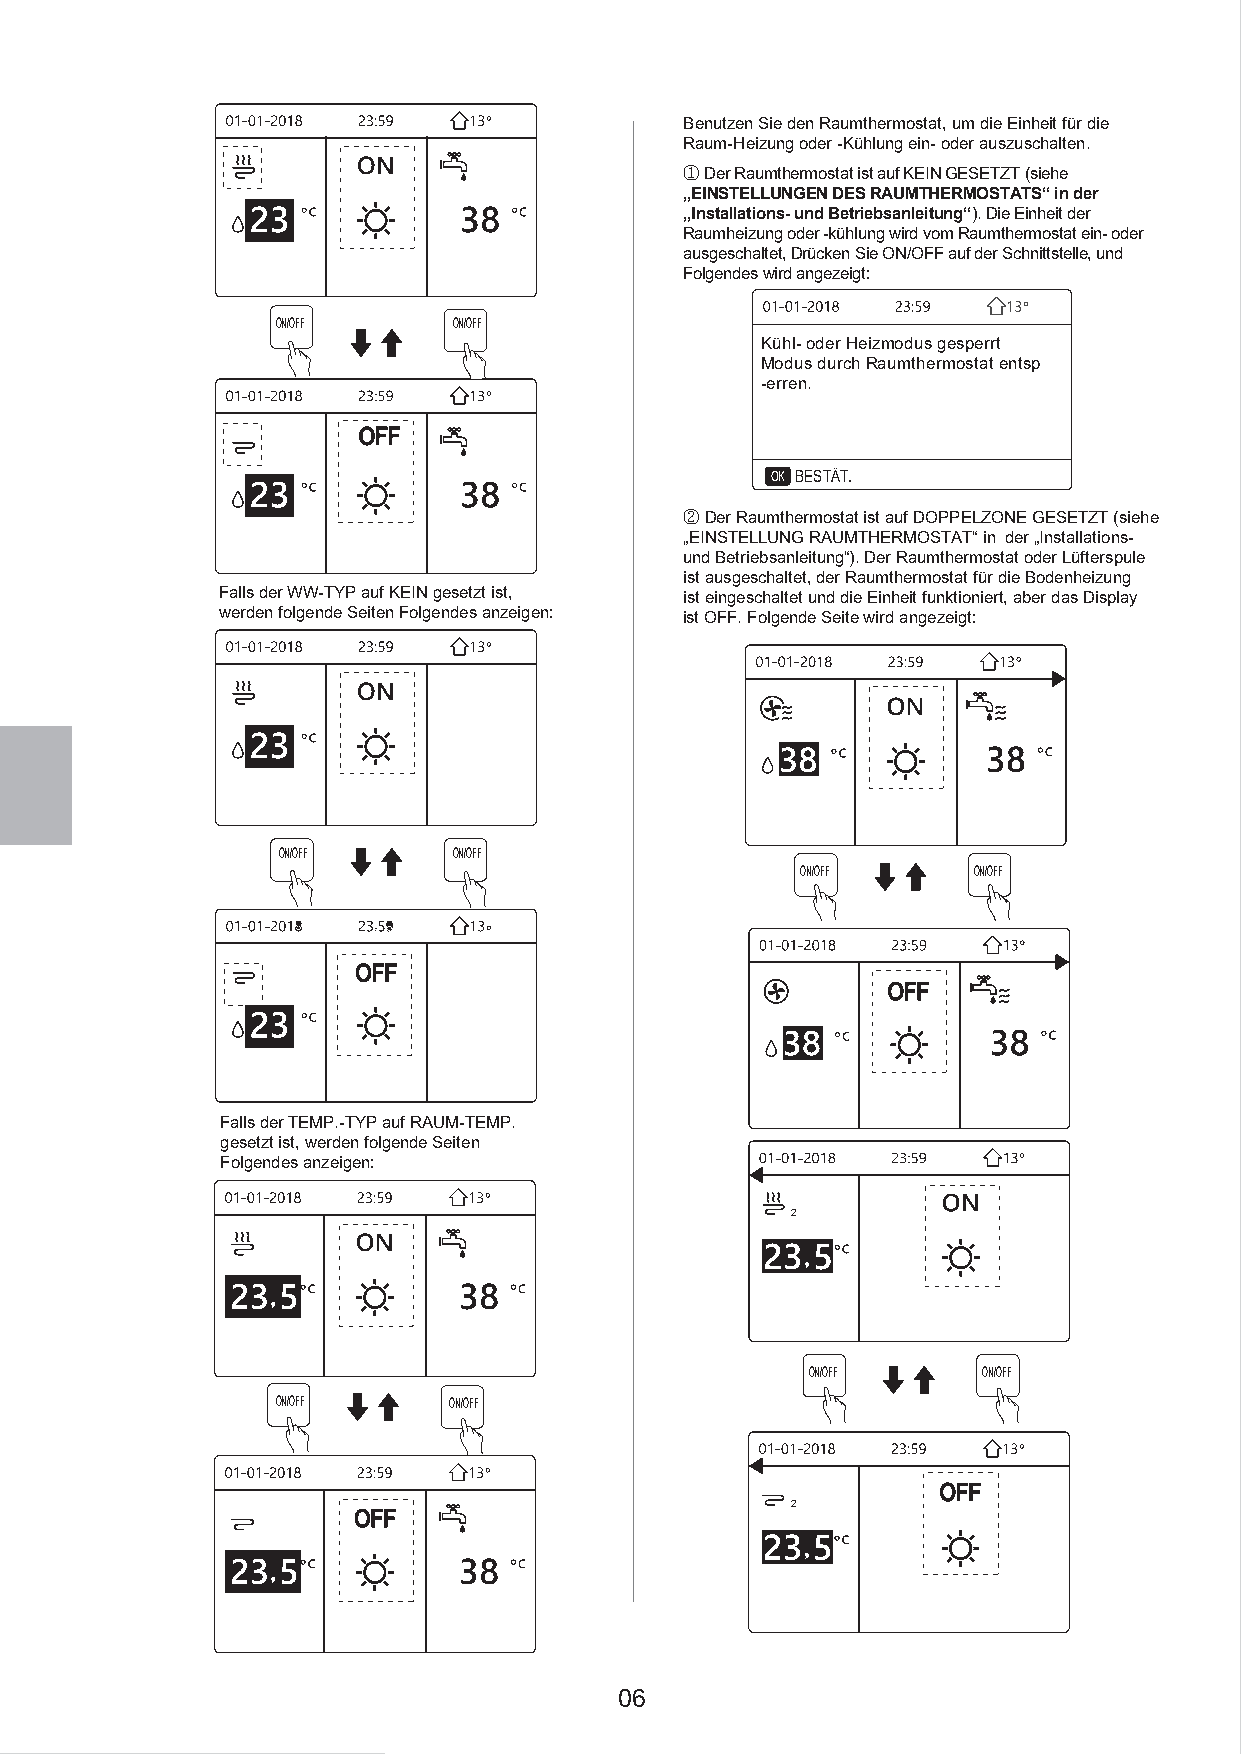
Benutzen Sie den Raumthermostat, um die Einheit für die
 Raum-Heizung oder -Kühlung ein- oder auszuschalten.
 ①Der Raumthermostat ist auf KEIN GESETZT (siehe
 „EINSTELLUNGEN DES RAUMTHERMOSTATS“ in der
 „Installations- und Betriebsanleitung“). Die Einheit der
 Raumheizung oder -kühlung wird vom Raumthermostat ein- oder
 ausgeschaltet, Drücken Sie ON/OFF auf der Schnittstelle, und
 Folgendes wird angezeigt:
 ON/OFF      ON/OFF
 Kühl- oder Heizmodus gesperrt
 Modus durch Raumthermostat entsp
 -erren.
 OFF
 OK BESTÄT.
 ②Der Raumthermostat ist auf DOPPELZONE GESETZT (siehe
 „EINSTELLUNG RAUMTHERMOSTAT“ in der „Installations-
 und Betriebsanleitung“). Der Raumthermostat oder Lüfterspule
 ist ausgeschaltet, der Raumthermostat für die Bodenheizung
 Falls der WW-TYP auf KEIN gesetzt ist, ist eingeschaltet und die Einheit funktioniert, aber das Display
 werden folgende Seiten Folgendes anzeigen: ist OFF. Folgende Seite wird angezeigt:
 ON/OFF      ON/OFF
 ON/OFF     ON/OFF
 Falls der TEMP.-TYP auf RAUM-TEMP.
 gesetzt ist, werden folgende Seiten
 Folgendes anzeigen:
 2
 ON/OFF      ON/OFF
 ON/OFF      ON/OFF
 2